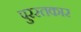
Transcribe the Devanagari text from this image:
पुरस्तकार